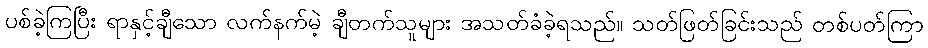
ပစ်ခဲ့ကြပြီး ရာနှင့်ချီသော လက်နက်မဲ့ ချီတက်သူများ အသတ်ခံခဲ့ရသည်။ သတ်ဖြတ်ခြင်းသည် တစ်ပတ်ကြာ